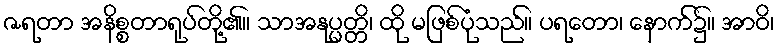
ဇရတာ အနိစ္စတာရုပ်တို့၏။ သာအနုပ္ပတ္တိ၊ ထို မဖြစ်ပုံသည်။ ပရတော၊ နောက်၌။ အာဝိ၊